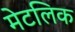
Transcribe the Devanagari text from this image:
मेटलिक